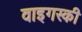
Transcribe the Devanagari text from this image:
वाइगस्की